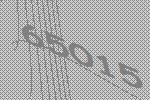
65015